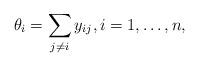
LaTeX: \begin{gather*}\theta_i=\sum_{j \not= i} y_{ij}, i=1,\ldots,n,\end{gather*}